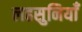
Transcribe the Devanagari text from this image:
लहसुनियाँ